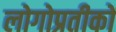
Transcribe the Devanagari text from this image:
लोगोप्रतीकों